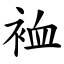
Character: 裇